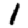
Digit: 1